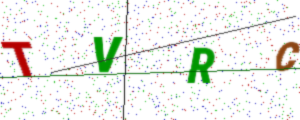
Text: TVRC